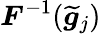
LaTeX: \boldsymbol{F}^{-1}(\widetilde{\boldsymbol{g}}_{j})